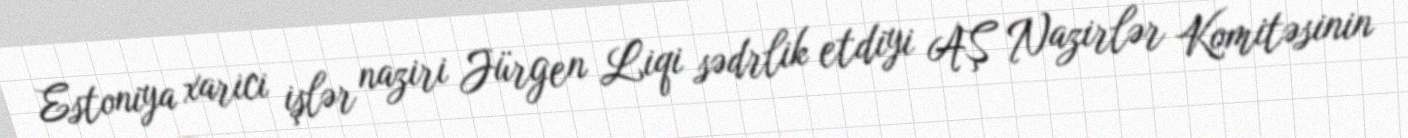
Estoniya xarici işlər naziri Jürgen Liqi sədrlik etdiyi AŞ Nazirlər Komitəsinin